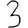
Digit: 3